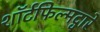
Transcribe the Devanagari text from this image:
शॉर्टफिल्मद्वारे